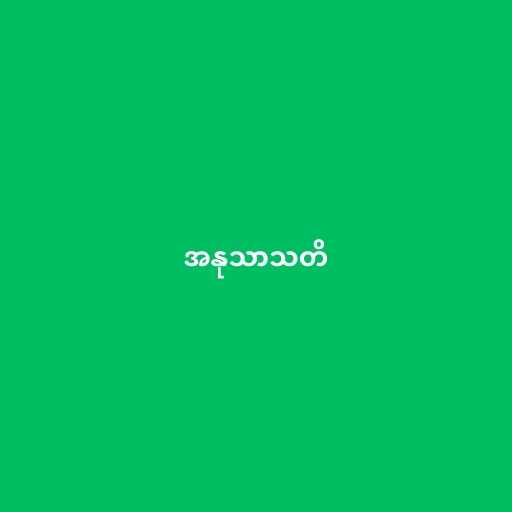
အနုသာသတိ